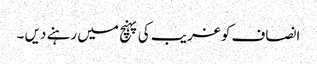
انصاف کو غریب کی پہنچ میں رہنے دیں ۔